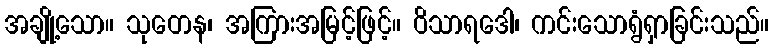
အချို့သော။ သုတေန၊ အကြားအမြင့်ဖြင့်။ ဝိသာရဒေါ၊ ကင်းသောရွံရှာခြင်းသည်။